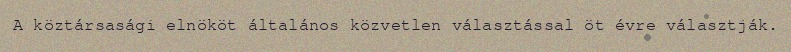
A köztársasági elnököt általános közvetlen választással öt évre választják.